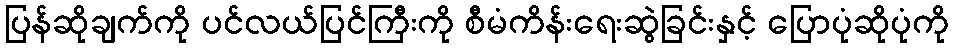
ပြန်ဆိုချက်ကို ပင်လယ်ပြင်ကြီးကို စီမံကိန်းရေးဆွဲခြင်းနှင့် ပြောပုံဆိုပုံကို